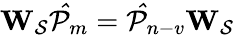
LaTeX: \mathbf{W_{\mathcal{S}}}\mathcal{\hat{P}}_{m}=\mathcal{\hat{P}}_{n-v}\mathbf{W_{\mathcal{S}}}